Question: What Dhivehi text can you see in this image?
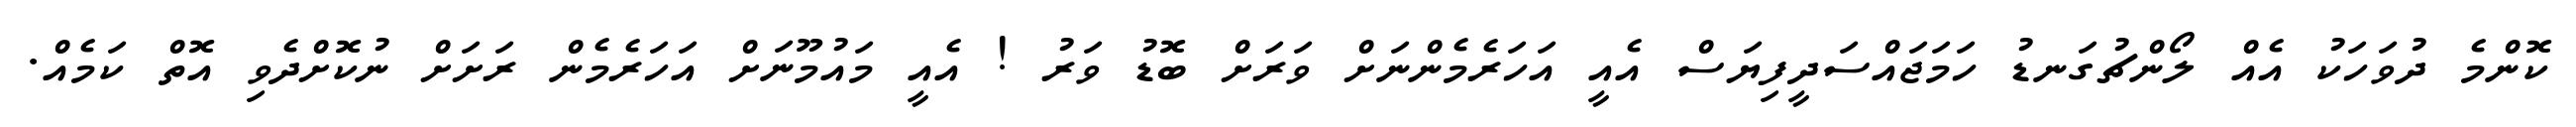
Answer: ކޮންމެ ދުވަހަކު އެއް ލޯންޗުގަނޑު ހަމަޖައްސަދީފިޔަސް އެއީ އަހަރެމެންނަށް ވަރަށް ބޮޑު ވަރު ! އެއީ މައުމޫނަށް އަހަރެމެން ރަށަށް ނުކޮށްދެވި އޮތް ކަމެއް.